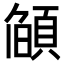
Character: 𮨌